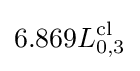
6.869L_{0,3}^{\mathrm {cl} }